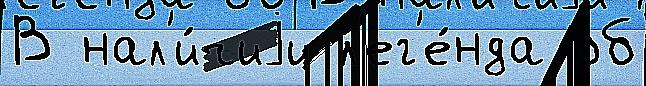
В нал'и́чиjи л'ег'е́нда об